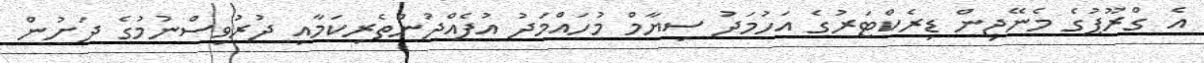
އެ ގްރޫޕުގެ މެނޭޖިން ޑިރެކްޓަރުގެ އަހުމަދު ސިޔާމް މުހައްމަދު އުފެއްދުންތެރިކަމާއި ދުރުވިސްނުމުގެ ދަށުން